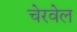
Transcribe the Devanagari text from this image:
चेरवेल